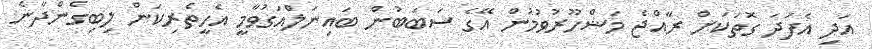
އަދި އެފަދަ ގޮތަކަށް ރާއްޖެ މަޝްހޫރުވުމުން އޭގެ ސަބަބުން ބައިނަލްއަގުވާމީ އެހީތެރިކަން ލިބިގެންދާނެ